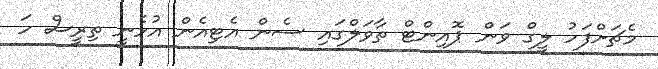
މެޗަށްފަހު ލީގް ވަން ޕޮއިންޓް ތާވަލްގައި ސެން އެޓިއެން އުޅެނީ ތިރީސް ހަ